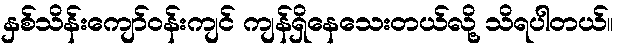
နှစ်သိန်းကျော်ဝန်းကျင် ကျန်ရှိနေသေးတယ်လို့ သိရပါတယ်။